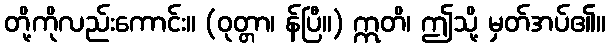
တို့ကိုလည်းကောင်း။ (ဝုတ္တာ၊ န်ပြီ။) ဣတိ၊ ဤသို့ မှတ်အပ်၏။